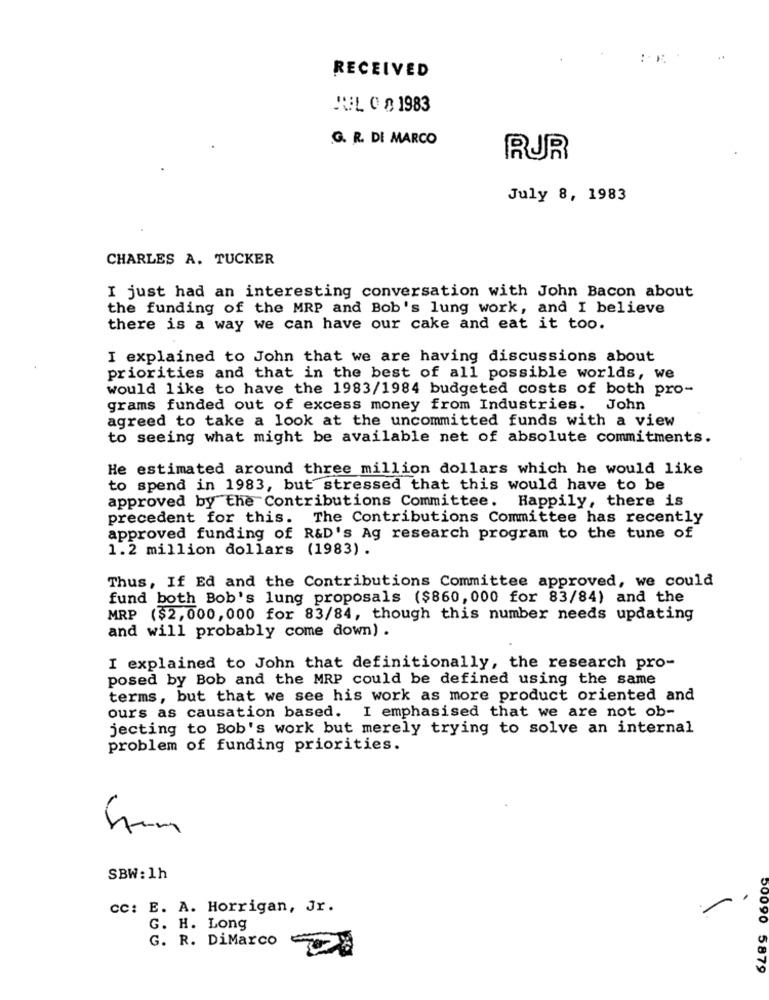
RECEIVED
JUL 0 1983
G. R. DI MARCO
RUR
July 8, 1983
CHARLES A. TUCKER
I just had an interesting conversation with John Bacon about
the funding of the MRP and Bob's lung work, and I believe
there is a way we can have our cake and eat it too.
I explained to John that we are having discussions about
priorities and that in the best of all possible worlds, we
would like to have the 1983/1984 budgeted costs of both pro-
grams funded out of excess money from Industries. John
agreed to take a look at the uncommitted funds with a view
to seeing what might be available net of absolute commitments.
He estimated around three million dollars which he would like
to spend in 1983, but stressed that this would have to be
approved by the Contributions Committee. Happily, there is
precedent for this. The Contributions Committee has recently
approved funding of R&D's Ag research program to the tune of
1.2 million dollars (1983) .
Thus, If Ed and the Contributions Committee approved, we could
fund both Bob's lung proposals ($860, 000 for 83/84) and the
MRP ($2,000,000 for 83/84, though this number needs updating
and will probably come down) .
I explained to John that definitionally, the research pro-
posed by Bob and the MRP could be defined using the same
terms, but that we see his work as more product oriented and
ours as causation based. I emphasised that we are not ob-
jecting to Bob's work but merely trying to solve an internal
problem of funding priorities.
Sim
SBW: 1h
cc: E. A. Horrigan, Jr.
G. H. Long
G. R. DiMarco
50090 5879